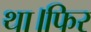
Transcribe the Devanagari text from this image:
था।फिर